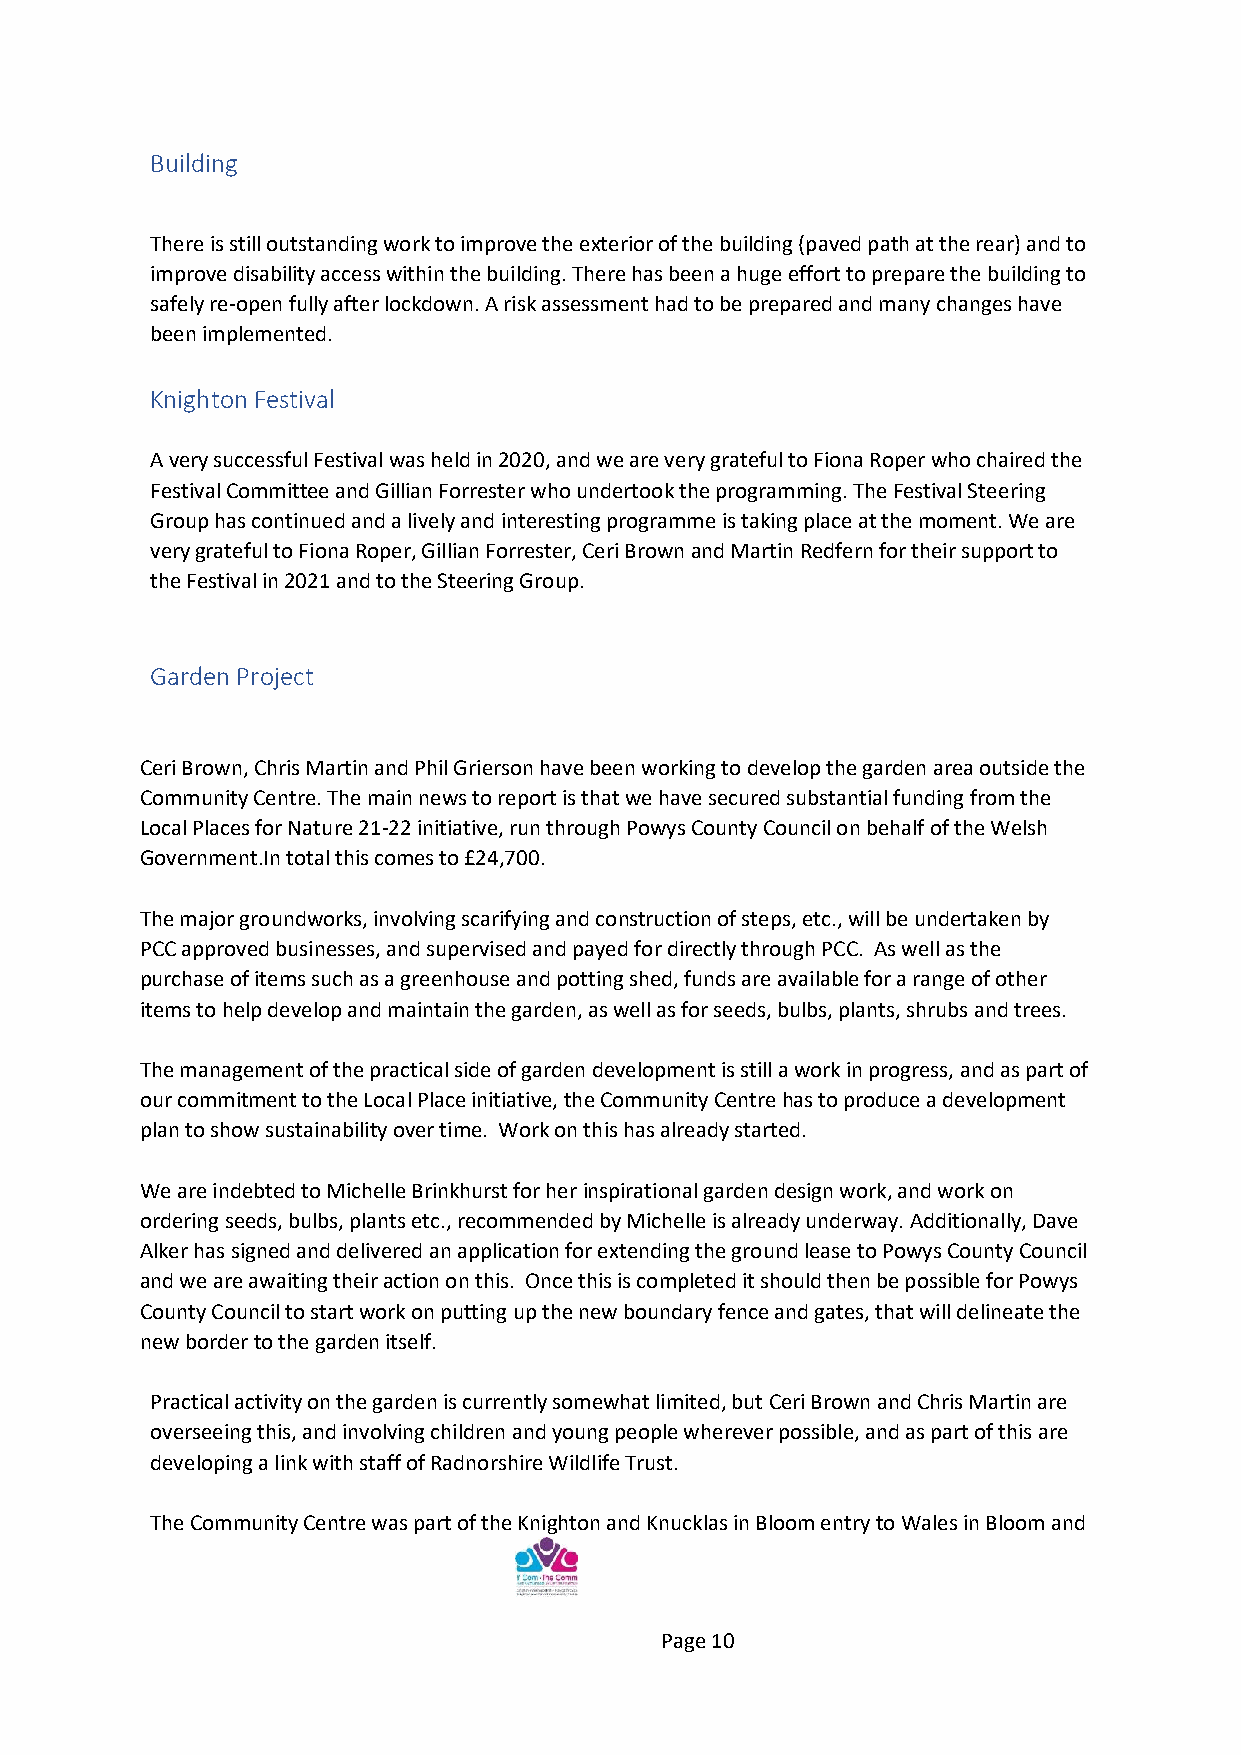
Building
 There is still outstanding work to improve the exterior of the building (paved path at the rear) and to
 improve disability access within the building. There has been a huge effort to prepare the building to
 safely re-open fully after lockdown. A risk assessment had to be prepared and many changes have
 been implemented.
 Knighton Festival
 A very successful Festival was held in 2020, and we are very grateful to Fiona Roper who chaired the
 Festival Committee and Gillian Forrester who undertook the programming. The Festival Steering
 Group has continued and a lively and interesting programme is taking place at the moment. We are
 very grateful to Fiona Roper, Gillian Forrester, Ceri Brown and Martin Redfern for their support to
 the Festival in 2021 and to the Steering Group.
 Garden Project
 Ceri Brown, Chris Martin and Phil Grierson have been working to develop the garden area outside the
 Community Centre. The main news to report is that we have secured substantial funding from the
 Local Places for Nature 21-22 initiative, run through Powys County Council on behalf of the Welsh
 Government.In total this comes to £24,700.
 The major groundworks, involving scarifying and construction of steps, etc., will be undertaken by
 PCC approved businesses, and supervised and payed for directly through PCC. As well as the
 purchase of items such as a greenhouse and potting shed, funds are available for a range of other
 items to help develop and maintain the garden, as well as for seeds, bulbs, plants, shrubs and trees.
 The management of the practical side of garden development is still a work in progress, and as part of
 our commitment to the Local Place initiative, the Community Centre has to produce a development
 plan to show sustainability over time. Work on this has already started.
 We are indebted to Michelle Brinkhurst for her inspirational garden design work, and work on
 ordering seeds, bulbs, plants etc., recommended by Michelle is already underway. Additionally, Dave
 Alker has signed and delivered an application for extending the ground lease to Powys County Council
 and we are awaiting their action on this. Once this is completed it should then be possible for Powys
 County Council to start work on putting up the new boundary fence and gates, that will delineate the
 new border to the garden itself.
 Practical activity on the garden is currently somewhat limited, but Ceri Brown and Chris Martin are
 overseeing this, and involving children and young people wherever possible, and as part of this are
 developing a link with staff of Radnorshire Wildlife Trust.
 The Community Centre was part of the Knighton and Knucklas in Bloom entry to Wales in Bloom and
 Page 10